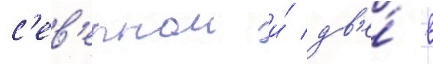
с'ев'ернои и́ дв'е́ в